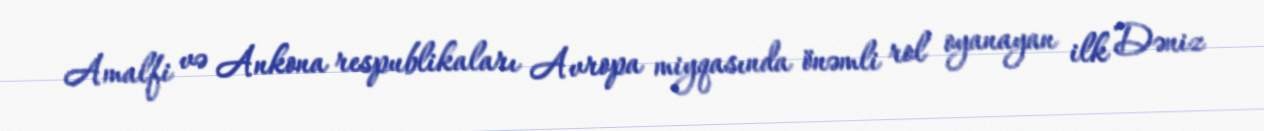
Amalfi və Ankona respublikaları Avropa miyqasında önəmli rol oyanayan ilk Dəniz